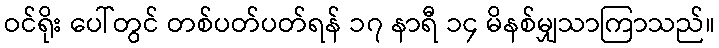
ဝင်ရိုး ပေါ်တွင် တစ်ပတ်ပတ်ရန် ၁၇ နာရီ ၁၄ မိနစ်မျှသာကြာသည်။